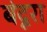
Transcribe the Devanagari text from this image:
बंदूरा